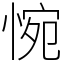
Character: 惋